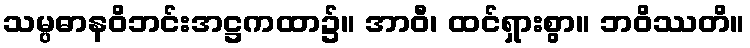
သမ္ပဓာနဝိဘင်းအဋ္ဌကထာ၌။ အာဝီ၊ ထင်ရှားစွာ။ ဘဝိဿတိ။